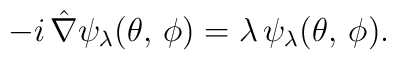
-i\,\hat{\nabla}\psi_\lambda(\theta,\, \phi) =    \lambda\, \psi_\lambda(\theta,\, \phi).